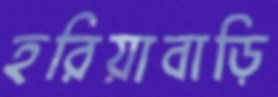
হরিয়াবাড়ি